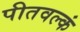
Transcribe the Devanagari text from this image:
पीतवल्कं